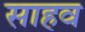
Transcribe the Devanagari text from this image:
साहव